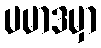
ပမာဒမှာ